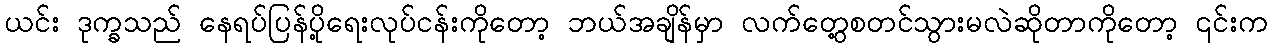
ယင်း ဒုက္ခသည် နေရပ်ပြန်ပို့ရေးလုပ်ငန်းကိုတော့ ဘယ်အချိန်မှာ လက်တွေ့စတင်သွားမလဲဆိုတာကိုတော့ ၎င်းက